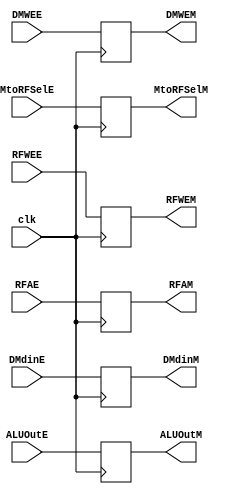
module EtMReg  (clk,
                RFWEE, MtoRFSelE, DMWEE, ALUOutE, RFAE, DMdinE,
                RFWEM, MtoRFSelM, DMWEM, ALUOutM, RFAM, DMdinM);
    
    input   clk, RFWEE, MtoRFSelE, DMWEE;
    input   [4:0]RFAE;
    input   [31:0]ALUOutE, DMdinE;
    output  reg RFWEM, MtoRFSelM, DMWEM;
    output  reg [4:0]RFAM;
    output  reg [31:0]ALUOutM, DMdinM;
    
    initial begin
        RFWEM = 0;
        MtoRFSelM = 0;
        DMWEM = 0;
        RFAM = 0;
        ALUOutM = 0;
        DMdinM = 0;
    end
    always@(posedge clk) begin
        RFWEM = RFWEE;
        MtoRFSelM = MtoRFSelE;
        DMWEM = DMWEE;
        RFAM = RFAE;
        ALUOutM = ALUOutE;
        DMdinM = DMdinE;
    end
endmodule